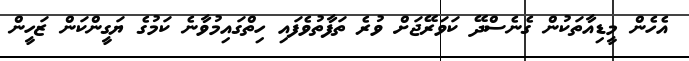
އެހެން މީޑިއާތަކުން ގެނެސްދޭ ކަވަރޭޖަށް ވުރެ ތަފާތުވެފައި ހިތްގައިމުވާނެ ކަމުގެ ޔަގީންކަން ޒަހީން